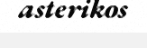
asterikos